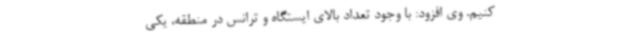
کنیم. وی افزود: با وجود تعداد بالای ایستگاه و ترانس در منطقه، یکی